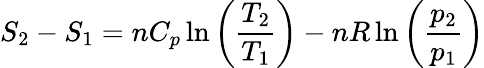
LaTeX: S_{2}-S_{1}=nC_{p}\ln\left({\frac{T_{2}}{T_{1}}}\right)-nR\ln\left({\frac{p_{2}}{p_{1}}}\right)